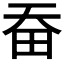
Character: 𤰳